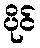
ပိုင်